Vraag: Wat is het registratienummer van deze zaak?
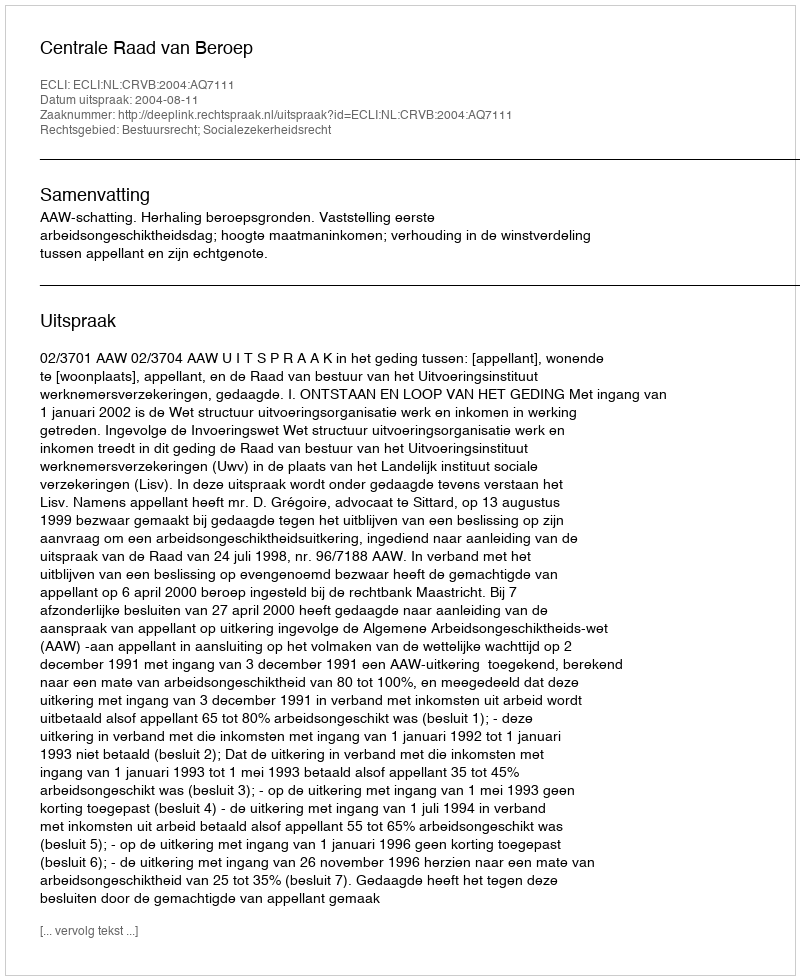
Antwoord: http://deeplink.rechtspraak.nl/uitspraak?id=ECLI:NL:CRVB:2004:AQ7111